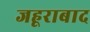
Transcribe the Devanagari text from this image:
जहूराबाद